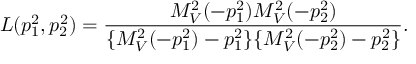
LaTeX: L ( p _ { 1 } ^ { 2 } , p _ { 2 } ^ { 2 } ) = \frac { M _ { V } ^ { 2 } ( - p _ { 1 } ^ { 2 } ) M _ { V } ^ { 2 } ( - p _ { 2 } ^ { 2 } ) } { \{ M _ { V } ^ { 2 } ( - p _ { 1 } ^ { 2 } ) - p _ { 1 } ^ { 2 } \} \{ M _ { V } ^ { 2 } ( - p _ { 2 } ^ { 2 } ) - p _ { 2 } ^ { 2 } \} } .